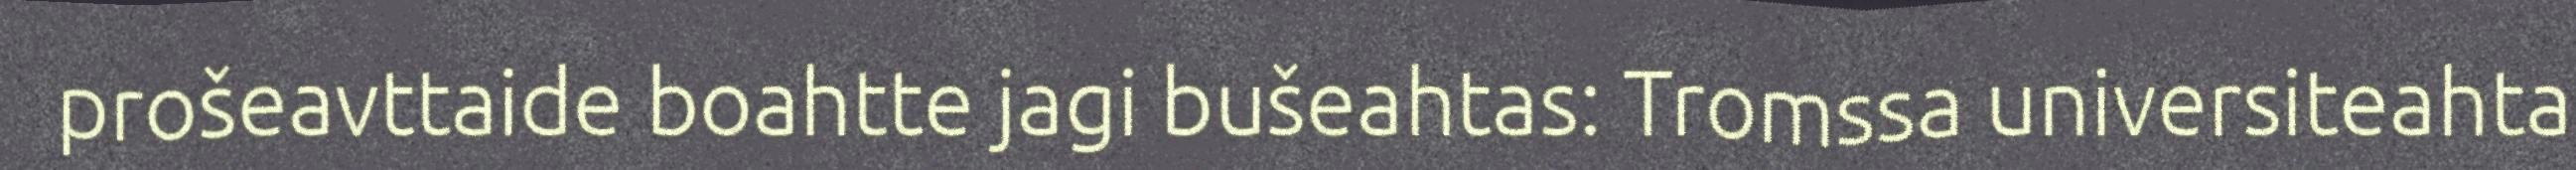
prošeavttaide boahtte jagi bušeahtas: Tromssa universiteahta